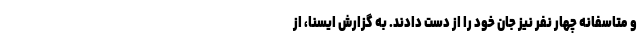
و متاسفانه چهار نفر نیز جان خود را از دست دادند. به گزارش ایسنا، از